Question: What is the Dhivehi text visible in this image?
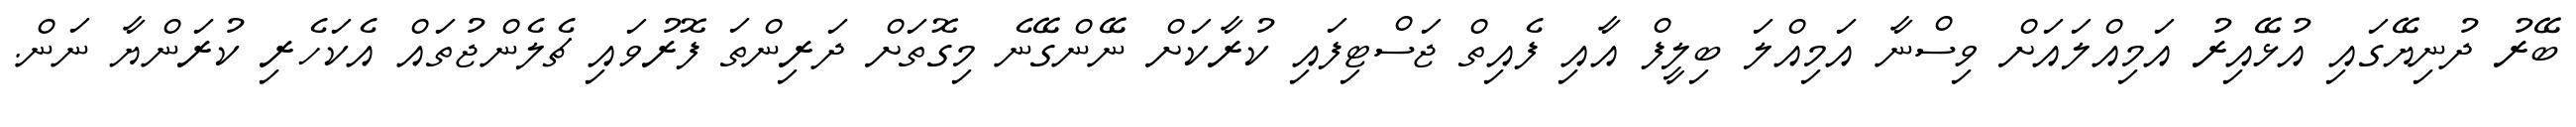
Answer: ބޭރު ދުނިޔޭގައި އުޅޭއިރު އަމިއްލައަށް ވިސްނާ އަމިއްލަ ބިލީފް އާއި ފެއިތް ޖަސްޓިފައި ކުރާކަށް ނޭންގޭނެ މިގޮތަށް ދަރިންތަ ފޮރުވައި ޗެލެންޖުތައް އެކަހެރި ކުރަންޔާ ނަން.